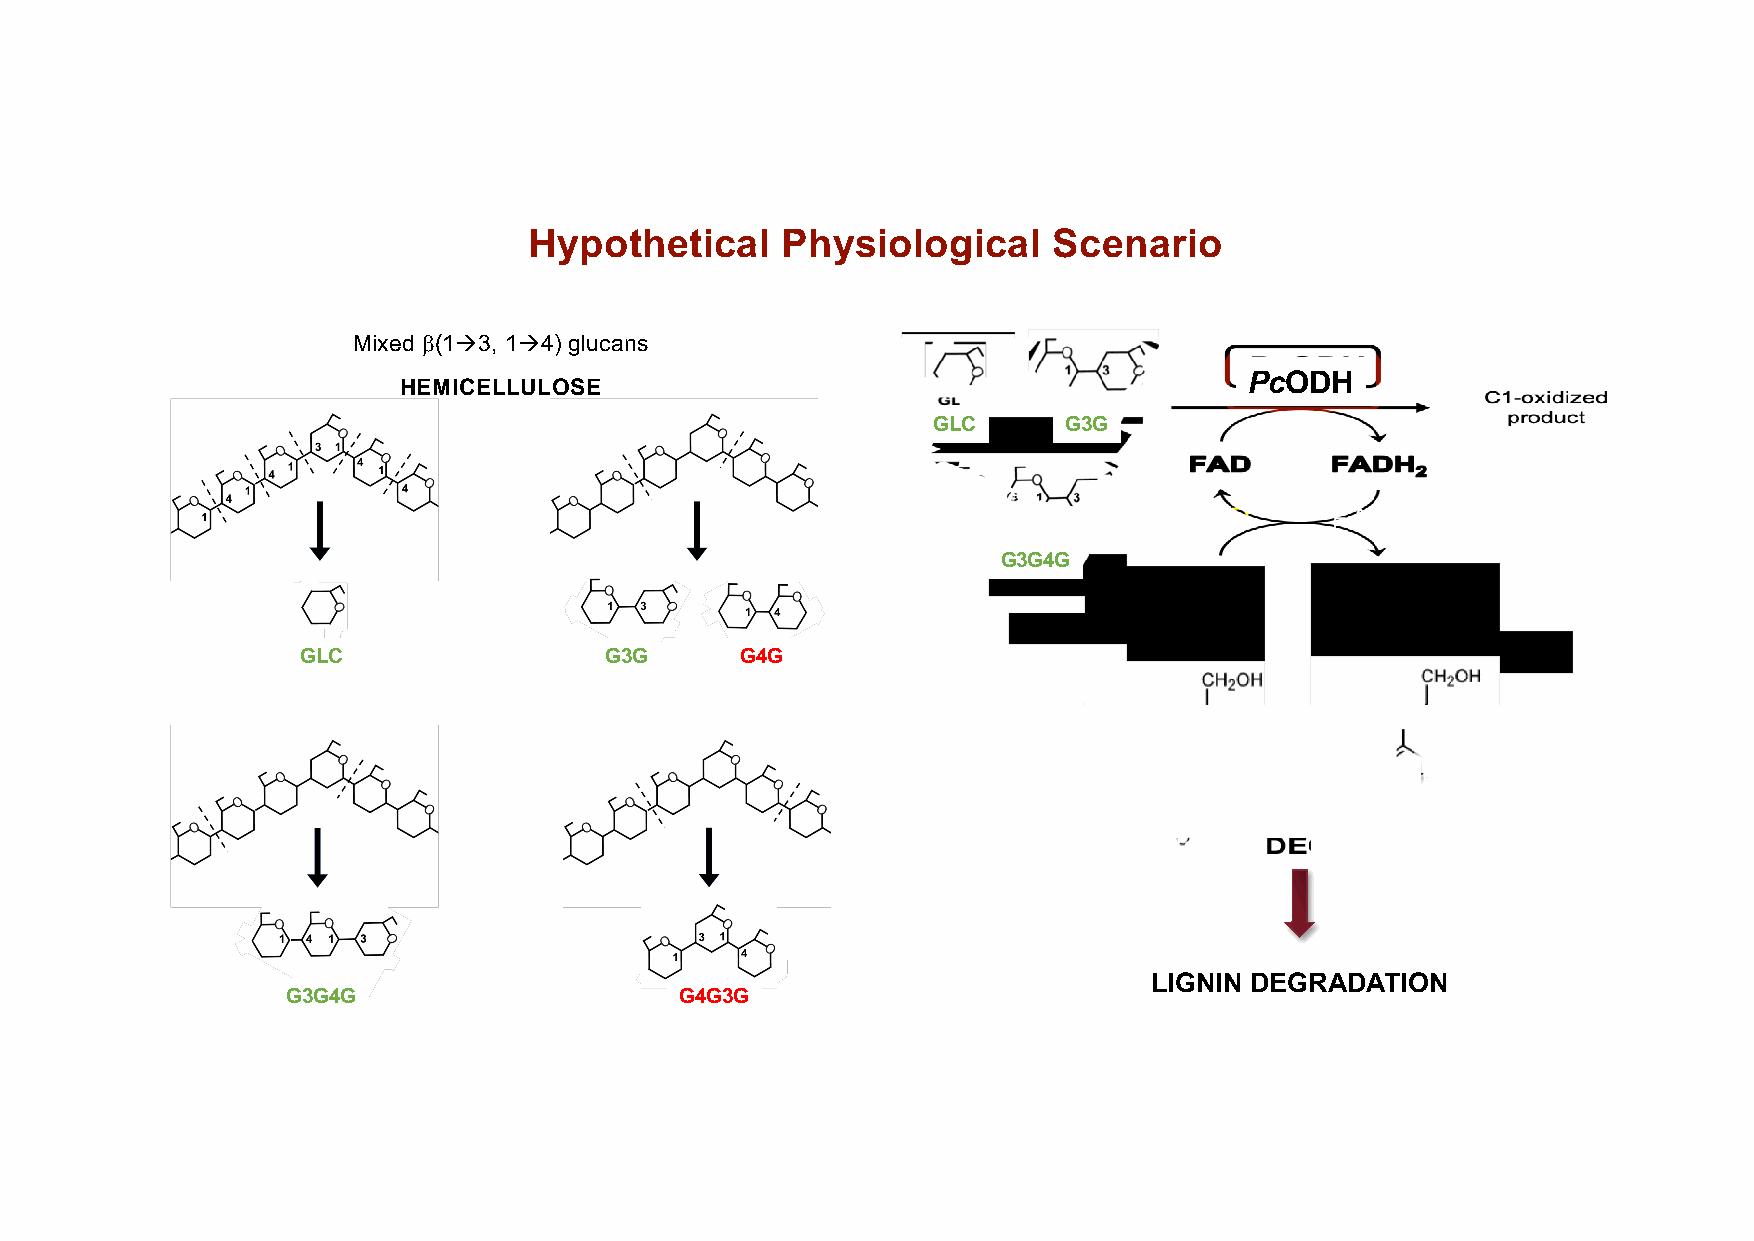
Hypothetical     Physiological     Scenario
 Mixed b(1à3, 1à4) glucans
 PcODH
 HEMICELLULOSE
 GLC      G3G
 G3G4G
 GLC                 G3G      G4G
 LIGNIN DEGRADATION
 G3G4G                     G4G3G